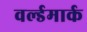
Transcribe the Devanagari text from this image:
वर्ल्डमार्क